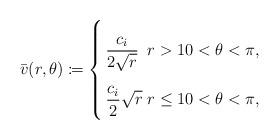
LaTeX: \begin{align*}\bar{v}(r,\theta) \coloneqq\left\{\arraycolsep=1.8pt\def\arraystretch{2.4}\begin{array}{ll}\displaystyle \frac{c_i}{2\sqrt{r}} & r > 1 0 < \theta < \pi , \\\displaystyle \frac{c_i}{2}\sqrt{r} & r \le 1 0 < \theta < \pi,\end{array}\right.\end{align*}